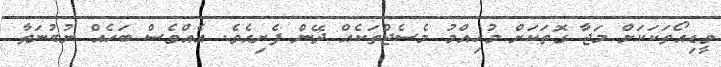
ވީޑިއޯތަކަކަށް މަޖާ ގޮތަކަށް މުހިއްމު މެސެޖްތަކެއް ދޭން ފެށިއެވެ. އެއްވެސް ބަހެއް ނުބުނަތާ